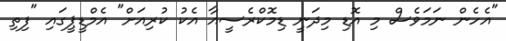
"އެހެން ނަމަވެސް މި އޮޑި މިދަނީ ޑިމޮކްރެސީއާ އެކު ކުރިއަށް" އެމްޑީޕީގައި "ފިތި